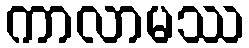
ကာလာမဿ